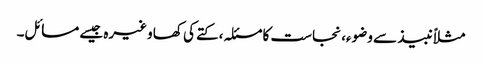
مثلاً نبیذ سے وضوء، نجاست کا مسئلہ، کتے کی کھا وغیرہ جیسے مسائل۔